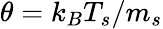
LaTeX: \theta=k_{B}T_{s}/m_{s}